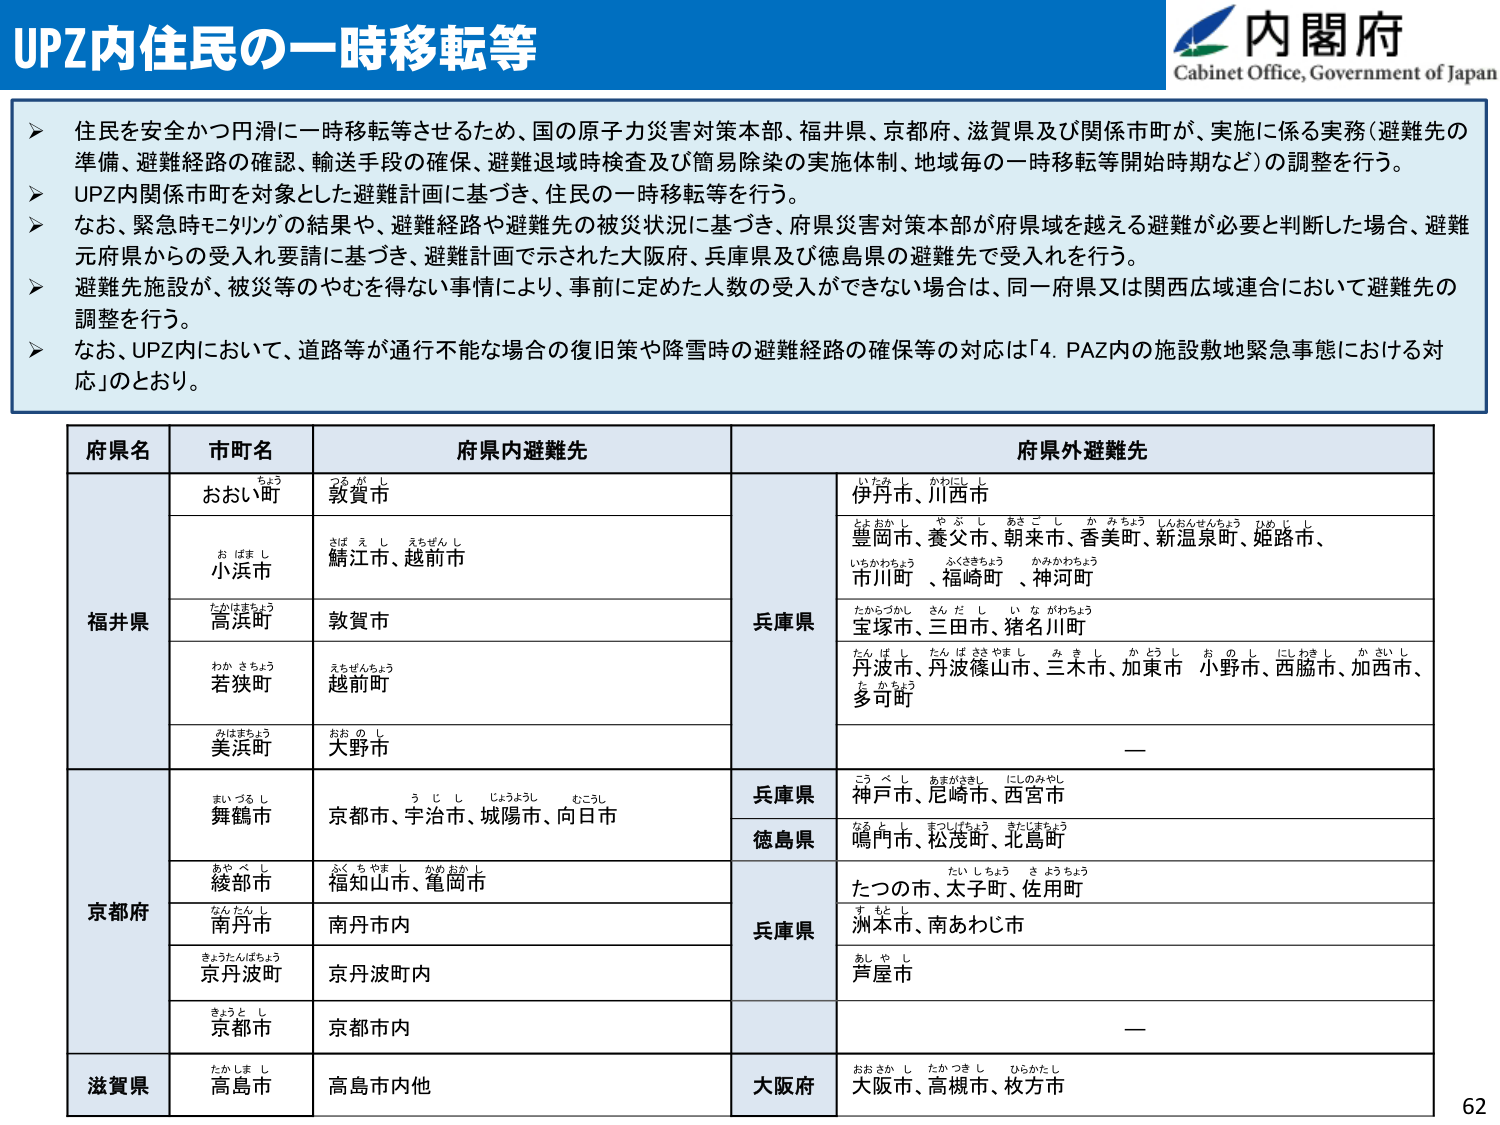
UPZ内住民の一時移転等

内閣府
Cabinet Office, Government of Japan

➤ 住民を安全かつ円滑に一時移転等させるため、国の原子力災害対策本部、福井県、京都府、滋賀県及び関係市町が、実施に係る実務（避難先の準備、避難経路の確認、輸送手段の確保、避難退域時検査及び簡易除染の実施体制、地域毎の一時移転等開始時期など）の調整を行う。
➤ UPZ内関係市町を対象とした避難計画に基づき、住民の一時移転等を行う。
➤ なお、緊急時モニタリングの結果や、避難経路や避難先の被災状況に基づき、府県災害対策本部が府県域を越える避難が必要と判断した場合、避難元府県からの受入要請に基づき、避難計画で示された大阪府、兵庫県及び徳島県の避難先で受入れを行う。
➤ 避難施設が、被災等のやむを得ない事情により、事前に定めた人数の受入ができない場合は、同一府県又は関西広域連合において避難先の調整を行う。
➤ なお、UPZ内において、道路等が通行不能な場合の復旧策や降雪時の避難経路の確保等の対応は「4. PAZ内の施設敷地緊急事態における対応」とのおり。

府県名　市町名　府県内避難先　府県外避難先

福井県
　おおい町　敦賀市　兵庫県　伊丹市、川西市
　小浜市　鯖江市、越前市　　豊岡市、養父市、朝来市、香美町、新温泉町、姫路市、
　　　　　　　　　　　　　　市川町、福崎町、神河町
　高浜町　敦賀市　　宝塚市、三田市、猪名川町
　若狭町　越前町　　丹波市、丹波篠山市、三木市、加東市、小野市、西脇市、加西市、
　　　　　　　　　　　　多可町
　美浜町　大野市　　—

京都府
　舞鶴市　京都市、宇治市、城陽市、向日市　兵庫県　神戸市、尼崎市、西宮市
　綾部市　福知山市、亀岡市　徳島県　鳴門市、松茂町、北島町
　南丹市　南丹市内　兵庫県　たつの市、太子町、佐用町
　京丹波町　京丹波町内　　洲本市、南あわじ市
　京都市　京都市内　　芦屋市
　　　　　　　　　　　　　　—

滋賀県
　高島市　高島市内他　大阪府　大阪市、高槻市、枚方市

62